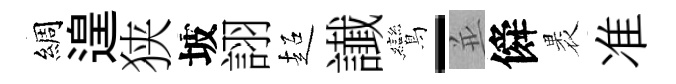
綢遑狭坡詡超䜟鸞-並僢褁准